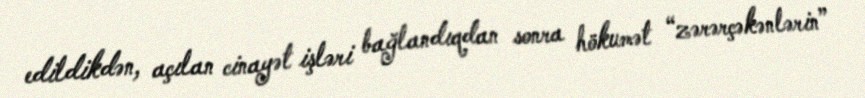
edildikdən, açılan cinayət işləri bağlandıqdan sonra hökumət “zərərçəkənlərin”